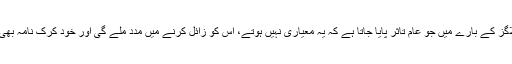
مجھے توقع ہے کہ اس سے اردو بلاگز کے بارے میں جو عام تاثر پایا جاتا ہے کہ یہ معیاری نہیں ہوتے، اس کو زائل کرنے میں مدد ملے گی اور خود کرک نامہ بھی خودکفالت کی منازل طے کرے گا۔